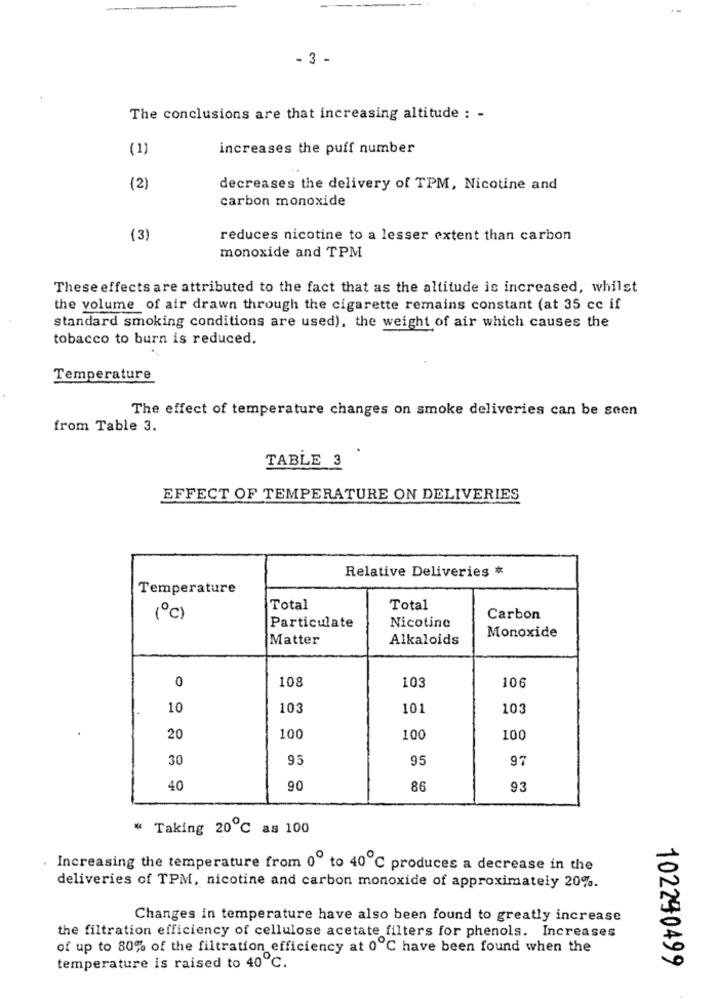
- 3 -
The conclusions are that increasing altitude : -
(1)
increases the puff number
(2)
decreases the delivery of TPM, Nicotine and
carbon monoxide
(3)
reduces nicotine to a lesser extent than carbon
monoxide and TPM
These effects are attributed to the fact that as the altitude is increased, whilst
the volume of air drawn through the cigarette remains constant (at 35 cc if
standard smoking conditions are used), the weight of air which causes the
tobacco to burn is reduced.
Temperature
The effect of temperature changes on smoke deliveries can be seen
from Table 3.
TABLE 3
EFFECT OF TEMPERATURE ON DELIVERIES
Relative Deliveries
Temperature
Total
Total
(c)
Carbon
Particulate
Nicotine
Monoxide
Matter
Alkaloids
0
108
103
106
10
103
101
103
20
100
100
100
30
95
95
97
40
90
86
93
* Taking 20℃ as 100
Increasing the temperature from 0" to 40 ℃ produces a decrease in the
deliveries of TPM, nicotine and carbon monoxide of approximately 20%.
Changes in temperature have also been found to greatly increase
the filtration efficiency of cellulose acetate filters for phenols. Increases
of up to 80% of the filtration efficiency at 0℃ have been found when the
temperature is raised to 40 ℃.
102290499